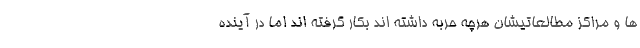
ها و مراکز مطالعاتیشان هرچه حربه داشته اند بکار گرفته اند اما در آینده